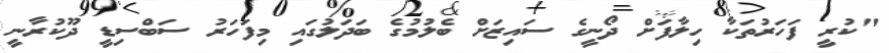
"ކުރީ ފަހަރުތަކާ ހިލާފަށް ދޯނީގެ ސައިޒަށް ބެލުމުގެ ބަދަލުގައި މިފަހަރު ސަބްސިޑީ ދޫކުރާނީ